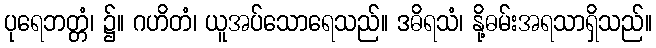
ပုရေဘတ္တံ၊ ၌။ ဂဟိတံ၊ ယူအပ်သောရေသည်။ ဒဓိရသံ၊ နို့ဓမ်းအရသာရှိသည်။